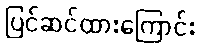
ပြင်ဆင်ထားကြောင်း